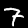
Digit: 7